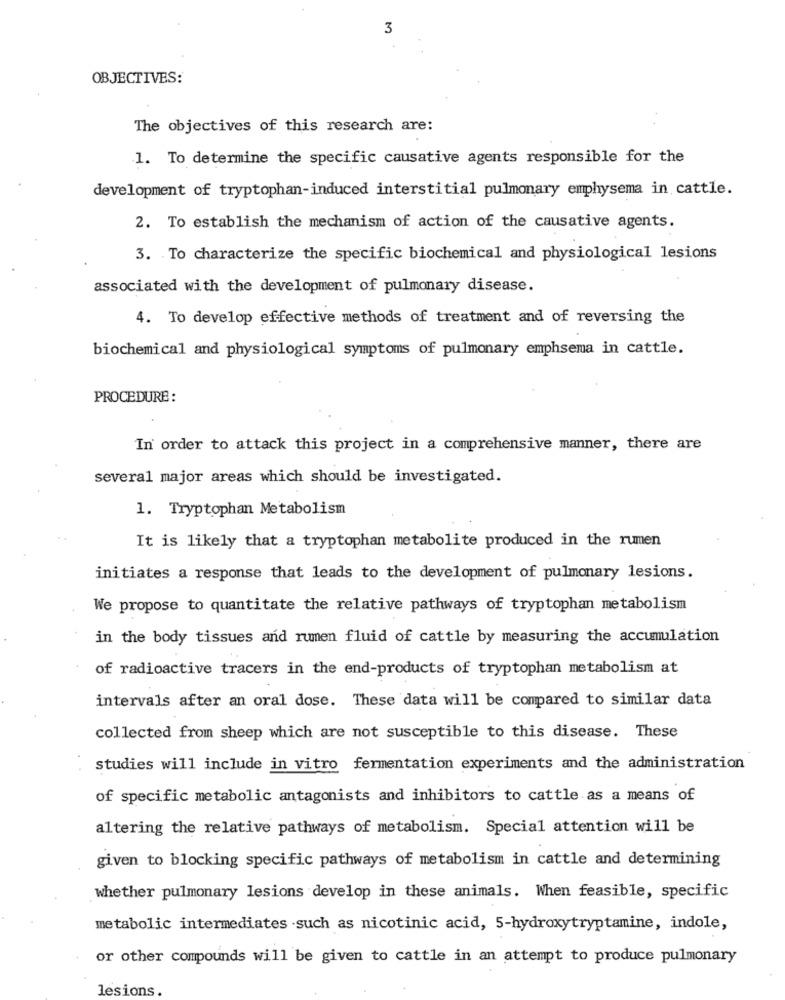
3
OBJECTIVES:
The objectives of this research are:
1. To determine the specific causative agents responsible for the
development of tryptophan-induced interstitial pulmonary emphysema in cattle.
2. To establish the mechanism of action of the causative agents.
3. To characterize the specific biochemical and physiological lesions
associated with the development of pulmonary disease.
4. To develop effective methods of treatment and of reversing the
biochemical and physiological symptoms of pulmonary emphsema in cattle.
PROCEDURE :
In order to attack this project in a comprehensive manner, there are
several major areas which should be investigated.
1. Tryptophan Metabolism
It is likely that a tryptophan metabolite produced in the rumen
initiates a response that leads to the development of pulmonary lesions.
We propose to quantitate the relative pathways of tryptophan metabolism
in the body tissues and rumen fluid of cattle by measuring the accumulation
of radioactive tracers in the end-products of tryptophan metabolism at
intervals after an oral dose. These data will be compared to similar data
collected from sheep which are not susceptible to this disease. These
studies will include in vitro fermentation experiments and the administration
of specific metabolic antagonists and inhibitors to cattle as a means of
altering the relative pathways of metabolism. Special attention will be
given to blocking specific pathways of metabolism in cattle and determining
whether pulmonary lesions develop in these animals. When feasible, specific
metabolic intermediates such as nicotinic acid, 5-hydroxytryptamine, indole,
or other compounds will be given to cattle in an attempt to produce pulmonary
lesions